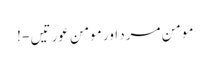
مومن مرد اور مومن عورتیں - !